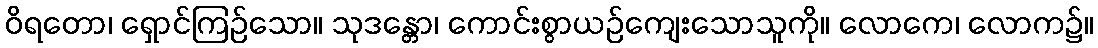
ဝိရတော၊ ရှောင်ကြဉ်သော။ သုဒန္တော၊ ကောင်းစွာယဉ်ကျေးသောသူကို။ လောကေ၊ လောက၌။